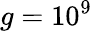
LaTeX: g=10^{9}